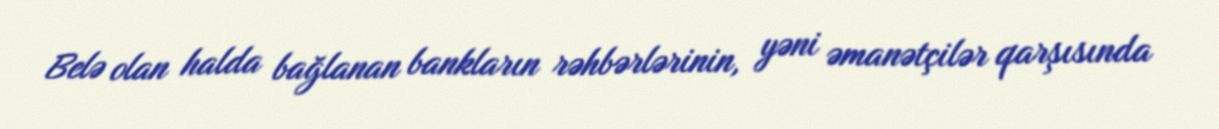
Belə olan halda bağlanan bankların rəhbərlərinin, yəni əmanətçilər qarşısında